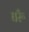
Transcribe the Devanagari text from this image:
घरूँ